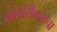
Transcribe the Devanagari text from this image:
जानोरीकरांचा